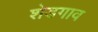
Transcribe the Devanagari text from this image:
शेडगाव